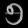
Digit: ၅